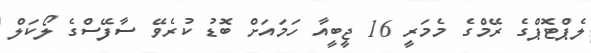
ލެޕްޓޮޕްގެ ރޭމްގެ މެމަރީ 16 ޖީބީއާ ހަމައަށް ބޮޑު ކުރެވޭ ސާފޭސްގެ ލޯކަލް